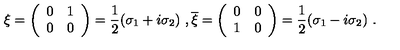
\xi = \left( \begin{array} { c c } { 0 } & { 1 } \\ { 0 } & { 0 } \\ \end{array} \right) = \frac { 1 } { 2 } ( \sigma _ { 1 } + i \sigma _ { 2 } ) \ , \overline { { \xi } } = \left( \begin{array} { c c } { 0 } & { 0 } \\ { 1 } & { 0 } \\ \end{array} \right) = \frac { 1 } { 2 } ( \sigma _ { 1 } - i \sigma _ { 2 } ) \ .